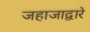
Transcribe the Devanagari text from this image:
जहाजाद्वारे